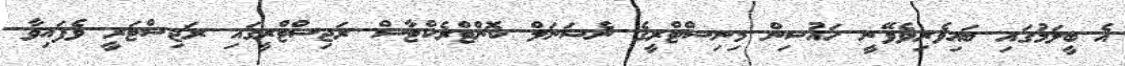
އެ ބީލަމުގައި ބައިވެރިވެވޭނީ ހައުސިން މިނިސްޓްރީގެ ނެޝަނަލް ކޮންޓްރެކްޓާސް ރަޖިސްޓްރީގައި ރަޖިސްޓަރީ ވެފައިވާ